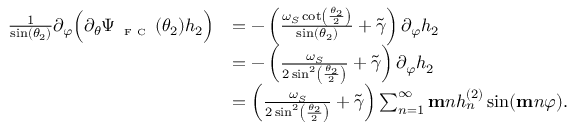
\begin{array} { r l } { \frac { 1 } { \sin ( \theta _ { 2 } ) } \partial _ { \varphi } \Big ( \partial _ { \theta } \Psi _ { \textnormal { \tiny { F C } } } ( \theta _ { 2 } ) h _ { 2 } \Big ) } & { = - \left( \frac { \omega _ { S } \cot \left( \frac { \theta _ { 2 } } { 2 } \right) } { \sin ( \theta _ { 2 } ) } + \widetilde { \gamma } \right) \partial _ { \varphi } h _ { 2 } } \\ & { = - \left( \frac { \omega _ { S } } { 2 \sin ^ { 2 } \left( \frac { \theta _ { 2 } } { 2 } \right) } + \widetilde { \gamma } \right) \partial _ { \varphi } h _ { 2 } } \\ & { = \left( \frac { \omega _ { S } } { 2 \sin ^ { 2 } \left( \frac { \theta _ { 2 } } { 2 } \right) } + \widetilde { \gamma } \right) \sum _ { n = 1 } ^ { \infty } \mathbf { m } n h _ { n } ^ { ( 2 ) } \sin ( \mathbf { m } n \varphi ) . } \end{array}